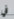
في